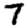
Digit: 7